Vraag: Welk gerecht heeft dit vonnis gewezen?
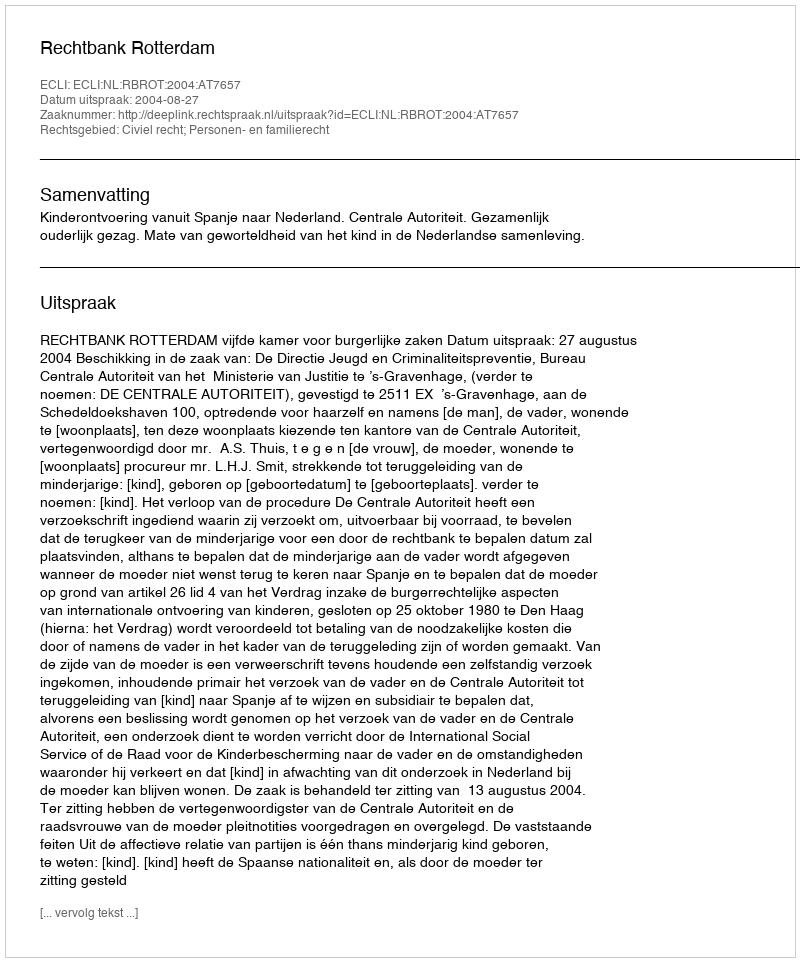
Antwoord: Rechtbank Rotterdam